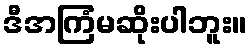
ဒီအကြံမဆိုးပါဘူး။